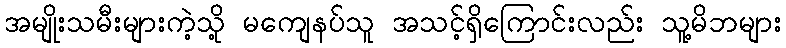
အမျိုးသမီးများကဲ့သို့ မကျေနပ်သူ အသင့်ရှိကြောင်းလည်း သူ့မိဘများ